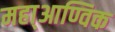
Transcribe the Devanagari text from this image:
महा्आण्विक